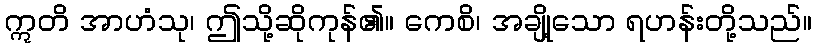
ဣတိ အာဟံသု၊ ဤသို့ဆိုကုန်၏။ ကေစိ၊ အချို့သော ရဟန်းတို့သည်။